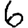
Digit: 6